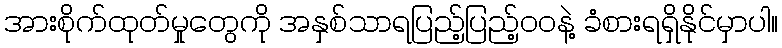
အားစိုက်ထုတ်မှုတွေကို အနှစ်သာရပြည့်ပြည့်ဝဝနဲ့ ခံစားရရှိနိုင်မှာပါ။